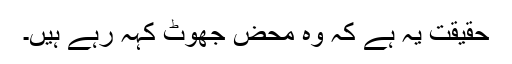
حقیقت یہ ہے کہ وہ محض جھوٹ کہہ رہے ہیں۔